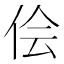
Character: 侩